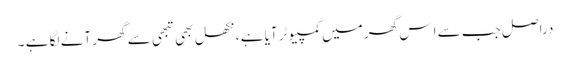
دراصل جب سے اِس گھر میں کمپیوٹر آیا ہے ، نکھل بھی تبھی سے گھر آنے لگا ہے ۔